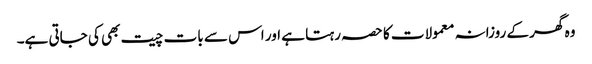
وہ گھر کے روزانہ معمولات کا حصہ رہتا ہے اور اس سے بات چیت بھی کی جاتی ہے۔